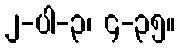
၂-ပါ-၃၊ ၄-၃၅။